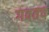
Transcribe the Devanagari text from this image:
गवतच